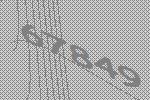
67849